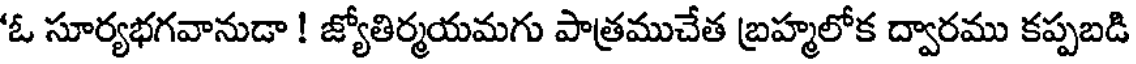
'ఓ సూర్యభగవానుడా ! జ్యోతిర్మయమగు పాత్రముచేత బ్రహ్మలోక ద్వారము కప్పబడి